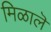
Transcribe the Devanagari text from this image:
मिळालॆ